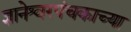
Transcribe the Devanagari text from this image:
ज्ञानेश्वरपंचकाच्या